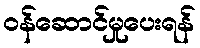
ဝန်ဆောင်မှုပေးရန်